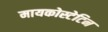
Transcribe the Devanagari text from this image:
मायकोस्टेटिन